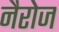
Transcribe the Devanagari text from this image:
नैरोज